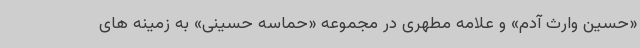
«حسین وارث آدم» و علامه مطهری در مجموعه «حماسه حسینی» به زمینه های